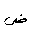
Letter: _dad